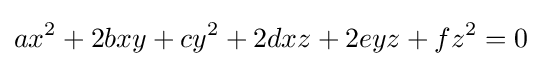
ax^{2}+2bxy+cy^{2}+2dxz+2eyz+fz^{2}=0